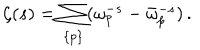
\zeta ( s ) = \sum _ { \{ p \} } ( \omega _ { p } ^ { - s } - \bar { \omega } _ { p } ^ { - s } ) \, { . }